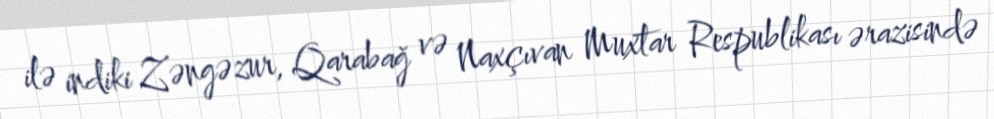
ilə indiki Zəngəzur, Qarabağ və Naxçıvan Muxtar Respublikası ərazisində